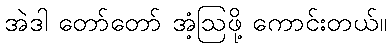
အဲဒါ တော်တော် အံ့ဩဖို့ ကောင်းတယ်။